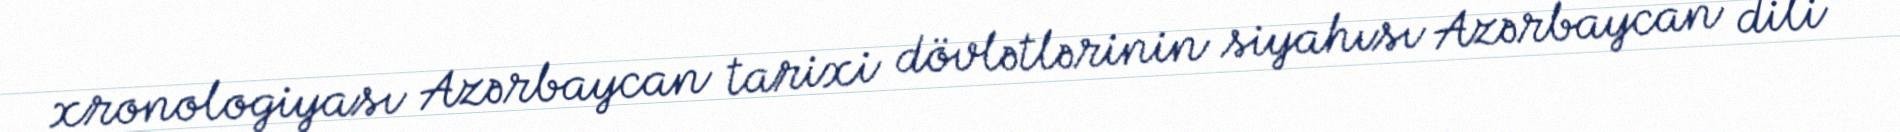
xronologiyası Azərbaycan tarixi dövlətlərinin siyahısı Azərbaycan dili